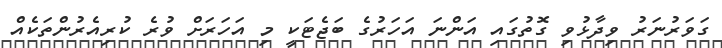
ގަވަރުނަރު ވިދާޅުވި ގޮތުގައި އަންނަ އަހަރުގެ ބަޖެޓަކީ މި އަހަރަށް ވުރެ ކުރިއެރުންތަކެއް